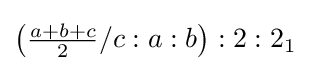
\left({\tfrac {a+b+c}{2}}/c:a:b\right):2:2_{1}